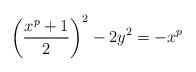
LaTeX: \begin{align*}\left( \frac{x^p+1}{2} \right)^2 -2 y^2= -x^p\end{align*}